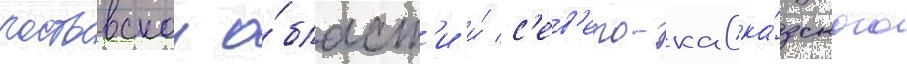
ростовскои о́бласт'и и́ с'ев'еро-кавка́зского